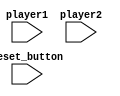
`timescale 1ns / 1ps
//////////////////////////////////////////////////////////////////////////////////
// Company: 
// Engineer: 
// 
// Design Name: 
// Module Name: buttons
// Project Name: 
// Target Devices: 
// Tool Versions: 
// Description: 
// 
// Dependencies: 
// 
// Revision:
// Revision 0.01 - File Created
// Additional Comments:
// 
//////////////////////////////////////////////////////////////////////////////////


module buttons(reset_button, player1, player2);

    input reset_button;
    input player1;
    input player2; 
    
endmodule